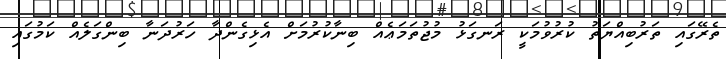
ތެރޭގައި ތަރުބިއްޔަތު ކުރުވުމަކީ ރަނގަޅު މުޖުތަމަޢެއް ބިނާކުރުމަށް އެޅިގެންދާ ހަރުދަނާ ބިންގަލެއް ކަމުގައި